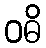
ဝဓိ